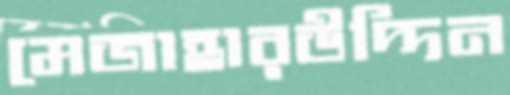
মেজাহারউদ্দিন